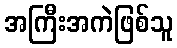
အကြီးအကဲဖြစ်သူ